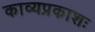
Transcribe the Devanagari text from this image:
काव्यप्रकाशः